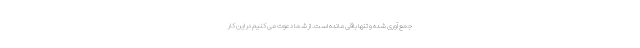
جمع آوری شده و تنها باقی مانده است. از شما دعوت می کنیم در این کار